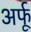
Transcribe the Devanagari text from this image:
अर्फू